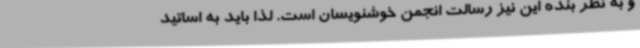
و به نظر بنده این نیز رسالت انجمن خوشنویسان است. لذا باید به اساتید